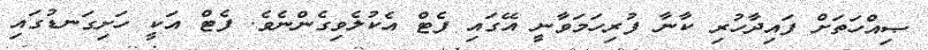
ޞިއްހަތަށް ފައިދާހުރި ކާނާ ފުރިހަމަވާނީ އޭގައި ފެޓް އެކުލެވިގެންނެވެ. ފެޓް އަކީ ހަށިގަނޑުގައި